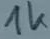
Text: 1k